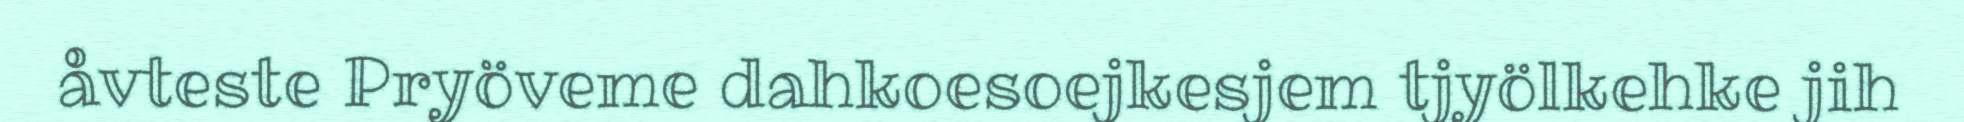
åvteste Pryöveme dahkoesoejkesjem tjyölkehke jih